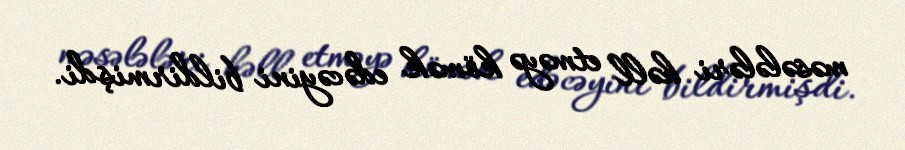
məsələləri həll etməyə kömək edəcəyini bildirmişdi.